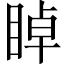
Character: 𥇍